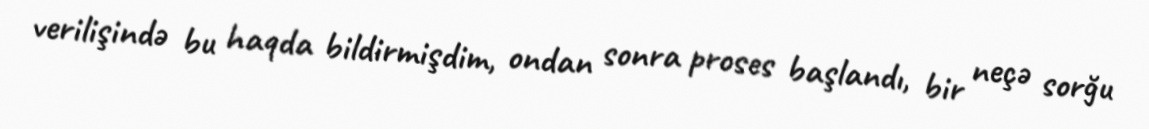
verilişində bu haqda bildirmişdim, ondan sonra proses başlandı, bir neçə sorğu